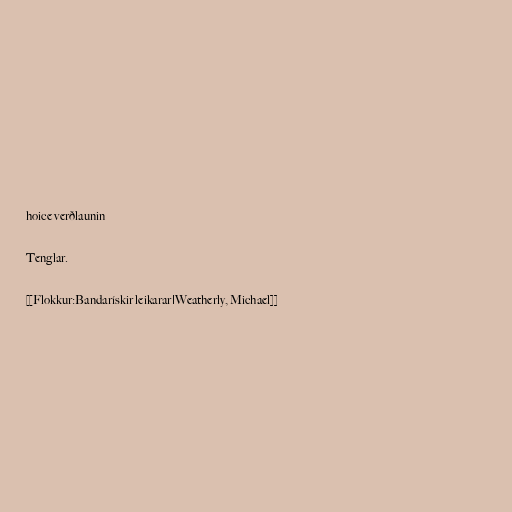
hoice verðlaunin

Tenglar.

[[Flokkur:Bandarískir leikarar|Weatherly, Michael]]